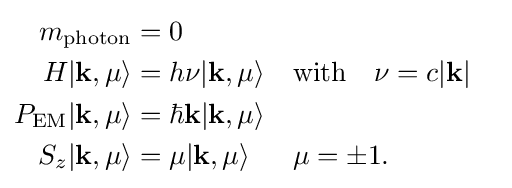
{\begin{aligned}m_{\textrm {photon}}&=0\\H|\mathbf {k} ,\mu \rangle &=h\nu |\mathbf {k} ,\mu \rangle &&{\hbox{with}}\quad \nu =c|\mathbf {k} |\\P_{\textrm {EM}}|\mathbf {k} ,\mu \rangle &=\hbar \mathbf {k} |\mathbf {k} ,\mu \rangle \\S_{z}|\mathbf {k} ,\mu \rangle &=\mu |\mathbf {k} ,\mu \rangle &&\mu =\pm 1.\end{aligned}}